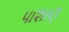
પાશાણ